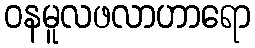
ဝနမူလဖလာဟာရော